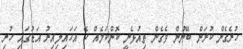
ހުރެގެން ކުރަން ބޭނުން ވެގެން ތިއުޅެނީ ކޮންކަމެއް ހޭ އަހައިލިއިރު އަޑުގައި ހުރި